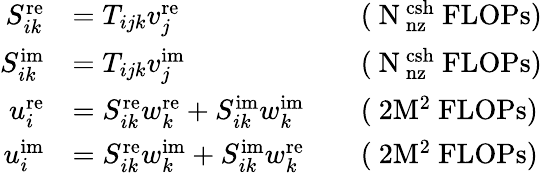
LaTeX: \begin{array}{rlrl}{S_{ik}^{\mathrm{re}}}&{=T_{ijk}v_{j}^{\mathrm{re}}}&&{\mathrm{(~N_\mathrm{~nz}^\mathrm{~csh}~FLOPs)}}\\ {S_{ik}^{\mathrm{im}}}&{=T_{ijk}v_{j}^{\mathrm{im}}}&&{\mathrm{(~N_\mathrm{~nz}^\mathrm{~csh}~FLOPs)}}\\ {u_{i}^{\mathrm{re}}}&{=S_{ik}^{\mathrm{re}}w_{k}^{\mathrm{re}}+S_{ik}^{\mathrm{im}}w_{k}^{\mathrm{im}}}&&{\mathrm{(~2M^2~FLOPs)}}\\ {u_{i}^{\mathrm{im}}}&{=S_{ik}^{\mathrm{re}}w_{k}^{\mathrm{im}}+S_{ik}^{\mathrm{im}}w_{k}^{\mathrm{re}}}&&{\mathrm{(~2M^2~FLOPs)}}\end{array}